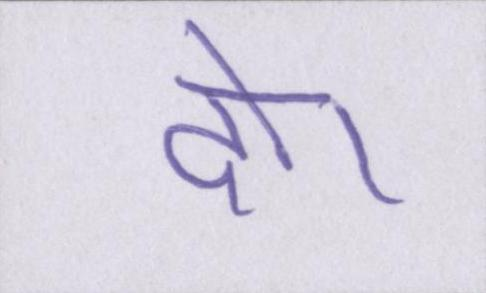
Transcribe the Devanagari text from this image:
दो।